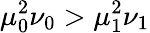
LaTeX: \mu_{0}^{2}\nu_{0}>\mu_{1}^{2}\nu_{1}